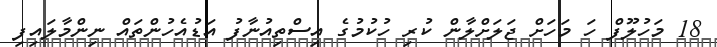
18 މަހުލޫފް ހަ މަހަށް ޖަލަށްލާން ކުރި ހުކުމުގެ އިސްތިއުނާފު އަޑުއެހުންތައް ނިންމާލައިފި